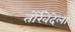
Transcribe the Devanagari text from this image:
तोर्रेवेदेला